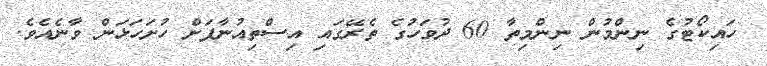
ހައިކޯޓުގެ ނިންމުން ނިންމިތާ 60 ދުވަހުގެ ތެރޭގައި އިސްތިއުނާފަށް ހުށަހަޅަން ވާނެއެވެ.